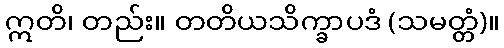
ဣတိ၊ တည်း။ တတိယသိက္ခာပဒံ (သမတ္တံ)။